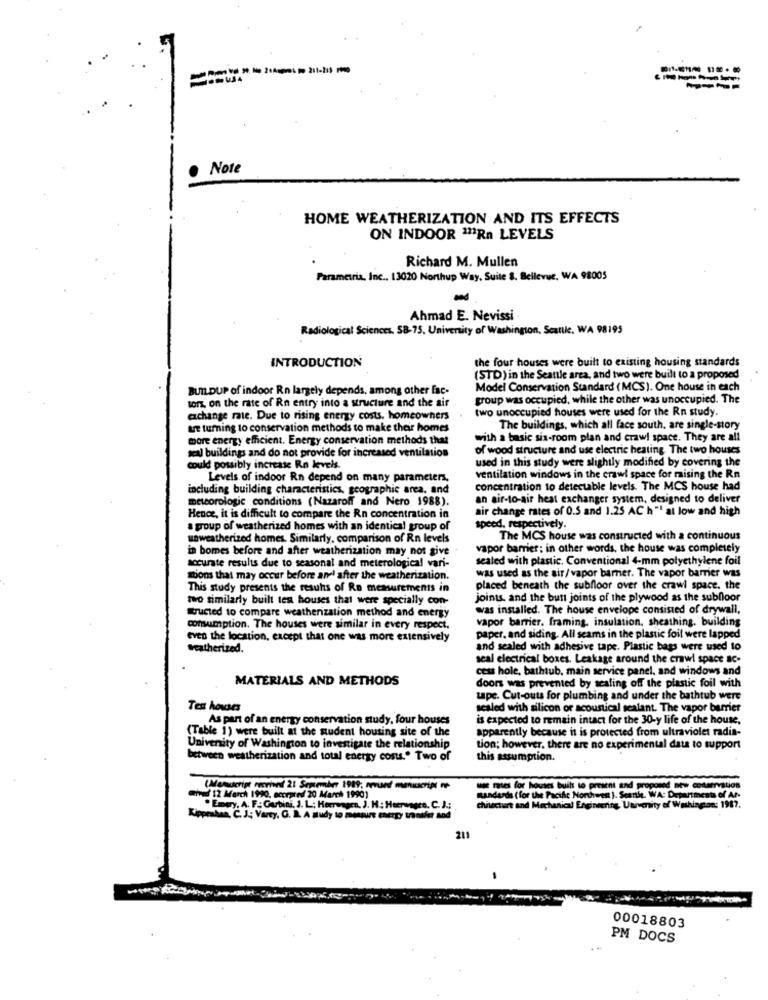
Note
HOME WEATHERIZATION AND ITS EFFECTS
ON INDOOR 211Rn LEVELS
Richard M. Mullen
Parametria, Inc .. 13020 Northup Way, Suite 8. Bellevue, WA 98005
Ahmad E. Nevissi
Radiological Sciences, 58-75, University of Washington, Seattle, WA 98195
the four houses were built to existing housing standards
INTRODUCTION
(STD) in the Seattle area, and two were built to a proposed
BUILDUP of indoor Rn largely depends, among other fac-
Model Conservation Standard (MCS). One house in each
tors, on the rate of Rn entry into a structure and the air
group was occupied, while the other was unoccupied. The
two unoccupied houses were used for the Rn study.
exchange rate. Due to rising energy costs. homeowners
art turning to conservation methods to make their homes
The buildings, which all face south. are single-sory
more energy efficient. Energy conservation methods that
with a basic six-room plan and crawl space. They are all
sal buildings and do not provide for increased ventilation
of wood structure and use electric heating. The two houses
used in this study were slightly modified by covering the
could possibly increase Ro levels.
Levels of indoor Rn depend on many parameters,
ventilation windows in the crawl space for raising the Rn
including building characteristics, geographic area, and
concentration to detectable levels. The MCS house had
meteorologic conditions (Nazaroff and Nero 1988).
an air-to-air heat exchanger system, designed to deliver
air change rates of 0.5 and 1.25 AC h "! at low and high
Hence, it is difficult to compare the Rn concentration in
a group of weatherized homes with an identical group of
speed, respectively.
usweatherized homes. Similarly, comparison of Rn levels
The MCS house was constructed with a continuous
in bomes before and after weatherization may not give
vapor barrier; in other words, the house was completely
accurate results due to seasonal and meterological vari-
sealed with plastic. Conventional 4-mm polyethylene foil
ations that may occur before and after the weatherization.
was used as the air/ vapor barrier. The vapor barrier was
This study presents the results of Ro measurements in
placed beneath the subfloor over the crawl space. the
two similarly built tes houses that were specially con-
joints, and the butt joints of the plywood as the subfloor
Tructed to compare weatherization method and energy
was installed. The house envelope consisted of drywall,
vapor barrier. framing, insulation, sheathing. building
consumption. The houses were similar in every respect.
even the location, except that one was more extensively
paper, and siding. All seams in the plastic foil were lapped
weatherized.
and sealed with adhesive tape. Plastic bags were used to
seal electrical boxes. Leakage around the crawl space ac-
cess hole, bathtub, main service panel, and windows and
MATERIALS AND METHODS
doors was prevented by scaling off the plastic foil with
tape. Cut-outs for plumbing and under the bathtub were
Tes houses
sealed with silicon or acoustical sealant. The vapor barrier
As part of an energy conservation study, four houses
is expected to remain intact for the 30-y life of the house,
(Table 1) were built at the student housing site of the
apparently because it is protected from ultraviolet radia-
University of Washington to investigate the relationship
tion; however, there are no experimental data to support
between weatherization and total energy costs." Two of
this assumption.
(Merucript recrived 21 Semember 1989; revued manuscript ne
me rates for houtes built to present and proposed new conservation
stinaf 12 March 1990, ecorpred 20 March 1990)
sanderda (for the Pacific Northwest ). Seanse. WA: Departments of Ar-
" Emery, A. F .: Gurbini, J. L; Herrwagen, J. H : Heerune
chitecture and Mechanical Engineering, Univmity of Washington: 1987.
Kipprahaa. C. J .; Varty, G. A. A Hudy to
211
00018803
PM DOCS